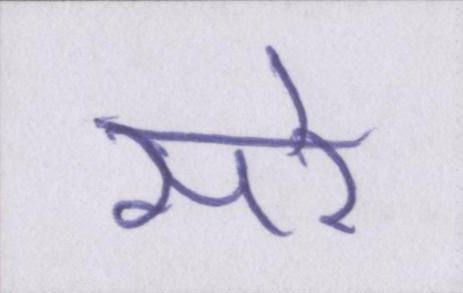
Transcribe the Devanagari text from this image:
सरे